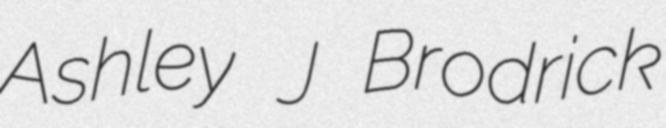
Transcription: Ashley J Brodrick